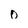
Character: 0